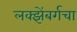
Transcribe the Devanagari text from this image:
लक्झेंबर्गचा